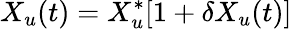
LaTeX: X_{u}(t)=X_{u}^{*}[1+\delta X_{u}(t)]